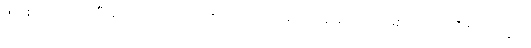
ဖိုလ်စိတ် ပေါ်လာပြီ ဆိုရင်တော့ ကြိုးစားလို့ရလာတဲ့ အကျိုးအမြတ် သာ ဖြစ်တယ်၊ အဲဒီ စိတ်တွေက